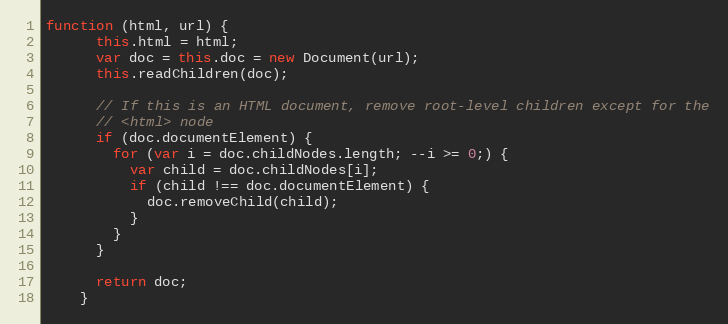
Language: JavaScript
function (html, url) {
      this.html = html;
      var doc = this.doc = new Document(url);
      this.readChildren(doc);

      // If this is an HTML document, remove root-level children except for the
      // <html> node
      if (doc.documentElement) {
        for (var i = doc.childNodes.length; --i >= 0;) {
          var child = doc.childNodes[i];
          if (child !== doc.documentElement) {
            doc.removeChild(child);
          }
        }
      }

      return doc;
    }